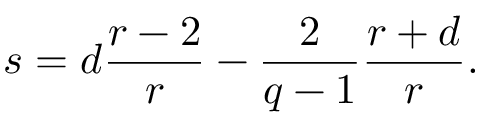
s = d \frac { r - 2 } { r } - \frac { 2 } { q - 1 } \frac { r + d } { r } .